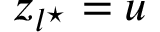
z _ { l ^ { \star } } = u